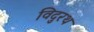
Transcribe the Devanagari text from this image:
विदुरथ